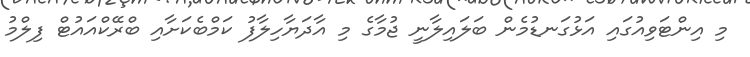
މި އިންޓަވިއުގައި އަޅުގަނޑުމެން ބަލައިލާނީ ޖުމާގެ މި އާދަޔާހިލާފު ކަމްބެކަށާއި ބްރޭކްއައުޓް ފިލްމު